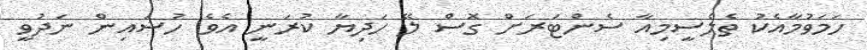
ހަމަވުމާއެކު ތެލެސީމިއާ ސެންޓަރަށް ގޮސް ލޭ ހަދިޔާ ކުރަނީ އެވެ. ހުސައިން ނަދުވީ